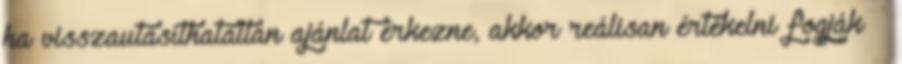
ha visszautasíthatatlan ajánlat érkezne, akkor reálisan értékelni fogják –